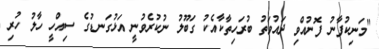
"މަނިކުފާނު ފޮނުއްވި ދައުވަތު ބުރަހިތާކާއެކު ގަބޫލު ނުކުރެވުނީ އަޅުގަނޑުގެ ސިއްހީ ހާލު ހުރި